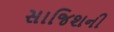
સાજિશની